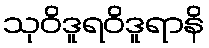
သုဝိဒူရဝိဒူရာနိ